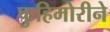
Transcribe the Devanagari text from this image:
फुहिमोरीने